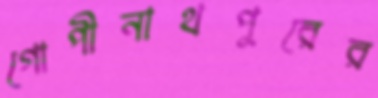
গোপীনাথপুরের